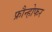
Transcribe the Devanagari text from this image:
फ्रौन्होफर